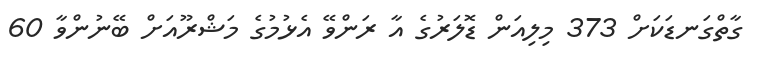
ގާތްގަނޑަކަށް 373 މިލިއަން ޑޮލަރުގެ އާ ރަންވޭ އެޅުމުގެ މަޝްރޫއަށް ބޭނުންވާ 60